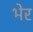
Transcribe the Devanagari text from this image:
भेर